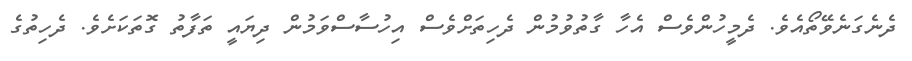
ދެނެގަނެވޭތޯއެވެ. ދެމީހުންވެސް އެހާ ގާތުވުމުން ދެހިތަށްވެސް އިހުސާސްވަމުން ދިޔައީ ތަފާތު ގޮތަކަށެވެ. ދެހިތުގެ